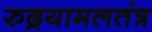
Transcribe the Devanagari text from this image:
रुद्रयामलतंत्र